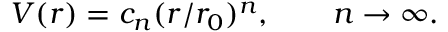
V ( r ) = c _ { n } ( r / r _ { 0 } ) ^ { n } , \qquad n \rightarrow \infty .